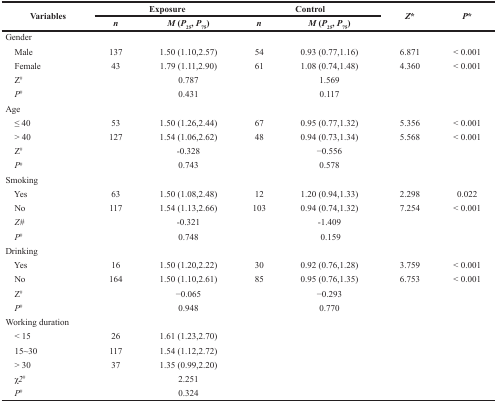
<table><thead><tr><td rowspan="2"><b>Variables</b></td><td colspan="2"><b>Exposure</b></td><td colspan="2"><b>Control</b></td><td rowspan="2"><b><i>Z</i>*</b></td><td rowspan="2"><b><i>P</i>*</b></td></tr><tr><td><b><i>n</i></b></td><td><b><i>M</i> (<i>P</i><sub>25</sub>, <i>P</i><sub>75</sub>)</b></td><td><b><i>n</i></b></td><td><b><i>M</i> (<i>P</i><sub>25</sub>, <i>P</i><sub>75</sub>)</b></td></tr></thead><tbody><tr><td>Gender</td><td></td><td></td><td></td><td></td><td></td><td></td></tr><tr><td> Male</td><td>137</td><td>1.50 (1.10,2.57)</td><td>54</td><td>0.93 (0.77,1.16)</td><td>6.871</td><td>&lt; 0.001</td></tr><tr><td> Female</td><td>43</td><td>1.79 (1.11,2.90)</td><td>61</td><td>1.08 (0.74,1.48)</td><td>4.360</td><td>&lt; 0.001</td></tr><tr><td> Z<sup>#</sup></td><td></td><td>0.787</td><td></td><td>1.569</td><td></td><td></td></tr><tr><td> <i>P</i><sup>#</sup></td><td></td><td>0.431</td><td></td><td>0.117</td><td></td><td></td></tr><tr><td>Age</td><td></td><td></td><td></td><td></td><td></td><td></td></tr><tr><td> ≤ 40</td><td>53</td><td>1.50 (1.26,2.44)</td><td>67</td><td>0.95 (0.77,1.32)</td><td>5.356</td><td>&lt; 0.001</td></tr><tr><td> &gt; 40</td><td>127</td><td>1.54 (1.06,2.62)</td><td>48</td><td>0.94 (0.73,1.34)</td><td>5.568</td><td>&lt; 0.001</td></tr><tr><td> Z<sup>#</sup></td><td></td><td>-0.328</td><td></td><td>−0.556</td><td></td><td></td></tr><tr><td> <i>P</i><sup>#</sup></td><td></td><td>0.743</td><td></td><td>0.578</td><td></td><td></td></tr><tr><td>Smoking</td><td></td><td></td><td></td><td></td><td></td><td></td></tr><tr><td> Yes</td><td>63</td><td>1.50 (1.08,2.48)</td><td>12</td><td>1.20 (0.94,1.33)</td><td>2.298</td><td>0.022</td></tr><tr><td> No</td><td>117</td><td>1.54 (1.13,2.66)</td><td>103</td><td>0.94 (0.74,1.32)</td><td>7.254</td><td>&lt; 0.001</td></tr><tr><td> <i>Z#</i></td><td></td><td>-0.321</td><td></td><td>-1.409</td><td></td><td></td></tr><tr><td> <i>P</i><sup>#</sup></td><td></td><td>0.748</td><td></td><td>0.159</td><td></td><td></td></tr><tr><td>Drinking</td><td></td><td></td><td></td><td></td><td></td><td></td></tr><tr><td> Yes</td><td>16</td><td>1.50 (1.20,2.22)</td><td>30</td><td>0.92 (0.76,1.28)</td><td>3.759</td><td>&lt; 0.001</td></tr><tr><td> No</td><td>164</td><td>1.50 (1.10,2.61)</td><td>85</td><td>0.95 (0.76,1.35)</td><td>6.753</td><td>&lt; 0.001</td></tr><tr><td> Z<sup>#</sup></td><td></td><td>−0.065</td><td></td><td>−0.293</td><td></td><td></td></tr><tr><td> <i>P</i><sup>#</sup></td><td></td><td>0.948</td><td></td><td>0.770</td><td></td><td></td></tr><tr><td>Working duration</td><td></td><td></td><td></td><td></td><td></td><td></td></tr><tr><td> &lt; 15</td><td>26</td><td>1.61 (1.23,2.70)</td><td></td><td></td><td></td><td></td></tr><tr><td> 15∼30</td><td>117</td><td>1.54 (1.12,2.72)</td><td></td><td></td><td></td><td></td></tr><tr><td> &gt; 30</td><td>37</td><td>1.35 (0.99,2.20)</td><td></td><td></td><td></td><td></td></tr><tr><td> χ<i>2</i><sup>#</sup></td><td></td><td>2.251</td><td></td><td></td><td></td><td></td></tr><tr><td> <i>P</i><sup>#</sup></td><td></td><td>0.324</td><td></td><td></td><td></td><td></td></tr></tbody></table>